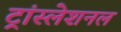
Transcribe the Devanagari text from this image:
ट्रांस्लेशनल